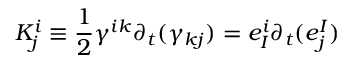
K _ { j } ^ { i } \equiv { \frac { 1 } { 2 } } \gamma ^ { i k } \partial _ { t } ( \gamma _ { k j } ) = e _ { I } ^ { i } \partial _ { t } ( e _ { j } ^ { I } )